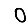
Digit: 0